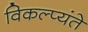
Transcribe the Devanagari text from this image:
विकल्प्यंते